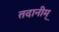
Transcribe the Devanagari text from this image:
तदानीम्